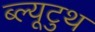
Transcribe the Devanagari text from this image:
ब्ल्यूटुथ